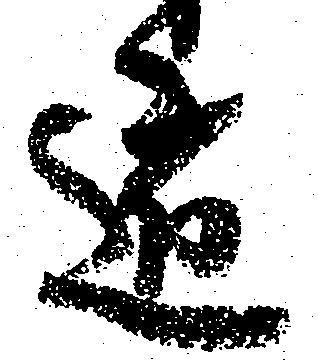
遁